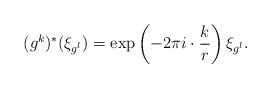
LaTeX: \begin{align*}(g^k)^*(\xi_{g^l}) = \exp\left(- 2 \pi i \cdot \frac{k}{r}\right) \xi_{g^l}.\end{align*}